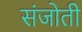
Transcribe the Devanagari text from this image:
संजोती